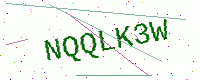
Text: NQQLK3W